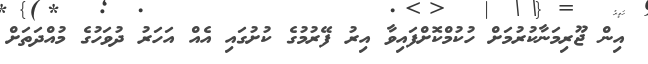
އިން ޖޫރިމަނާކުރުމަށް ހުކުމްކޮށްފައިވާ އިރު ފޭރުމުގެ ކުށުގައި އެއް އަހަރު ދުވަހުގެ މުއްދަތަށް